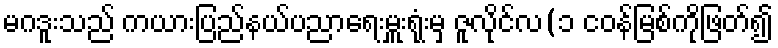
မဂဒူးသည် ကယားပြည်နယ်ပညာရေးမှူးရုံးမှ ဇူလိုင်လ(၁ ငဝန်မြစ်ကိုဖြတ်၍